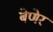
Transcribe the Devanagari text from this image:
बेणेर